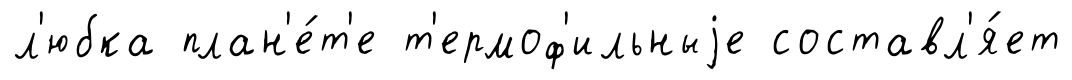
л'юбка план'е́т'е т'ермоф'ильныjе составл'я́ет